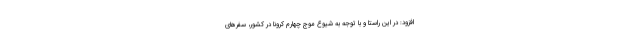
افزود: در این راستا و با توجه به شیوع موج چهارم کرونا در کشور، سفرهای